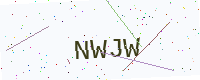
Text: NWJW